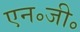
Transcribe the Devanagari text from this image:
एन॰जी॰